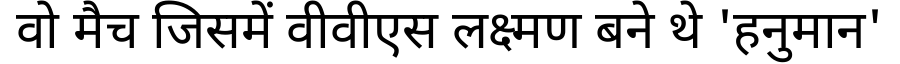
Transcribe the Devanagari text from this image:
वो मैच जिसमें वीवीएस लक्ष्मण बने थे 'हनुमान'